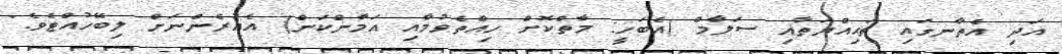
އަދި އެތާނގައި ތަޙިއްޔަތާއި ސަލާމް (އެބަހީ: މާތްކޮށް ހިއްތެވުމާއި އަމާންކަން) އެއުރެންނަށް ލިބޭހުއްޓެވެ."